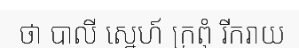
ថា បាលី ស្នេហ៍ ក្រពុំ រីករាយ